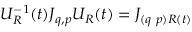
{ \cal U } _ { { \cal R } } ^ { - 1 } ( t ) { \cal J } _ { q , p } { \cal U } _ { \cal R } ( t ) = { \cal J } _ { ( q \, \, p ) { \cal R } ( t ) }